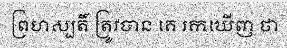
ព្រហស្បតិ៍ ត្រូវបាន គេ រកឃើញ ថា